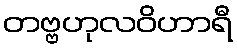
တဗ္ဗဟုလဝိဟာရီ